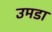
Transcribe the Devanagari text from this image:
उमडा